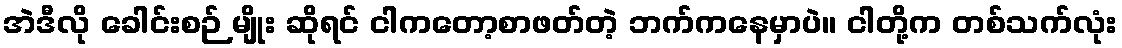
အဲဒီလို ခေါင်းစဉ် မျိုး ဆိုရင် ငါကတော့စာဖတ်တဲ့ ဘက်ကနေမှာပဲ။ ငါတို့က တစ်သက်လုံး